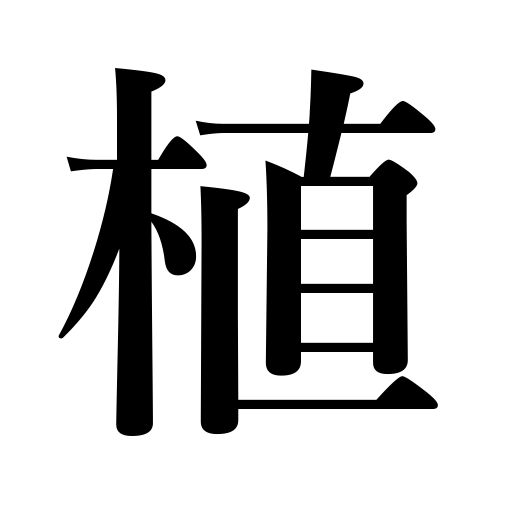
Meanings: set out,be planted,set type,raise,planting,sow,plant